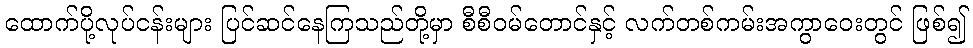
ထောက်ပို့လုပ်ငန်းများ ပြင်ဆင်နေကြသည်တို့မှာ စီစီဝမ်တောင်နှင့် လက်တစ်ကမ်းအကွာဝေးတွင် ဖြစ်၍